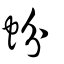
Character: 蚡